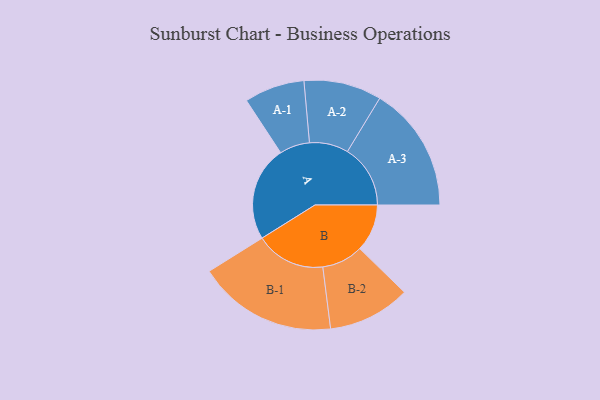
{"axis": {"x": "Segment", "y": "Value"}, "legend": ["", "A", "B"], "data": [{"x": "A", "y": 403, "type": ""}, {"x": "B", "y": 201, "type": ""}, {"x": "A-1", "y": 128, "type": "A"}, {"x": "A-2", "y": 165, "type": "A"}, {"x": "A-3", "y": 267, "type": "A"}, {"x": "B-1", "y": 296, "type": "B"}, {"x": "B-2", "y": 175, "type": "B"}]}